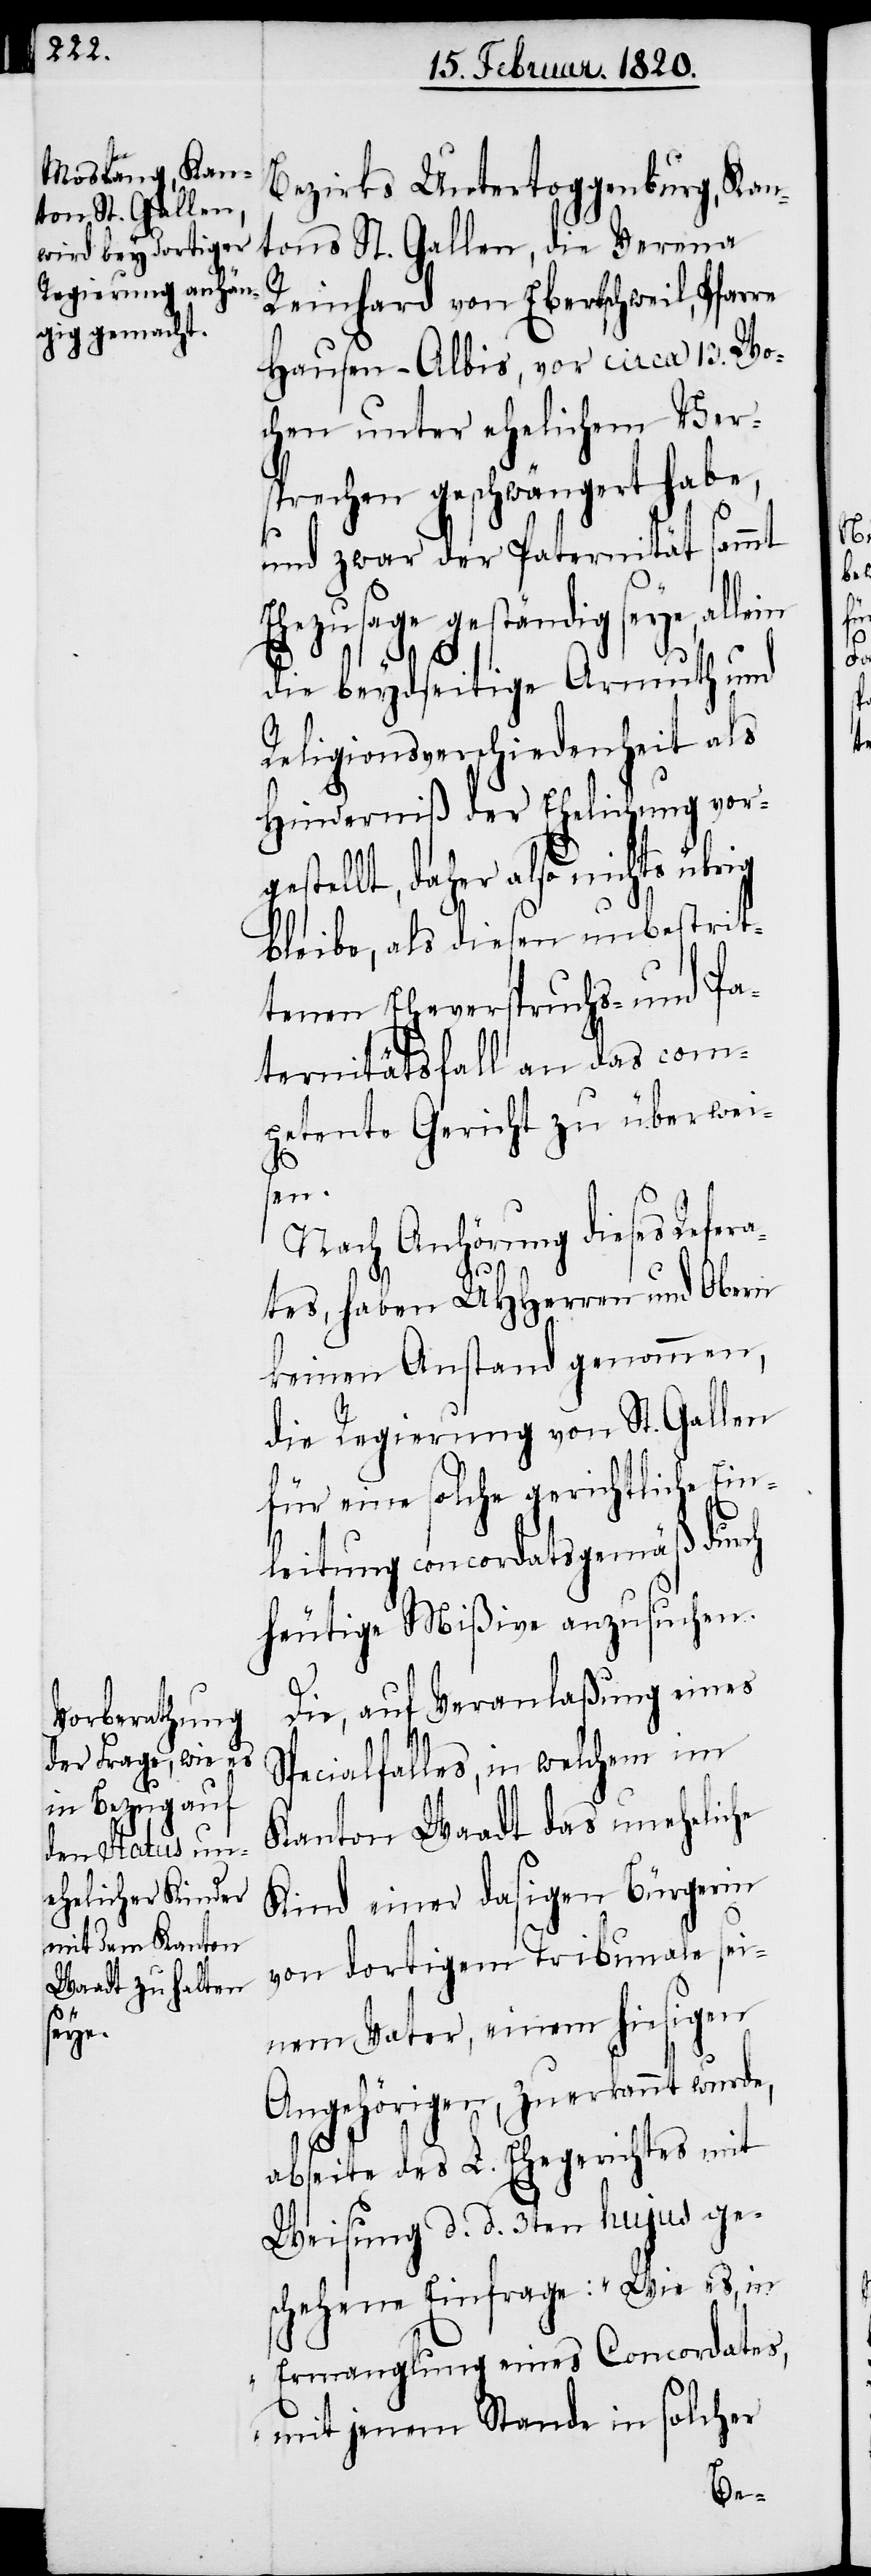
Bezirks Untertoggenburg, Kan¬
tons St. Gallen, die Verena
Reinhard von Ebertschweil, Pfarre
Hausen-Albis, vor circa 13. Wo¬
chen unter ehelichem Ver¬
sprechen geschwängert habe,
und zwar der Paternität sammt
Ehezusage geständig seye, allein
die beydseitige Armuth und
Religionsverschiedenheit als
Hinderniß der Ehelichung vor¬
gestellt, daher also nichts übrig
bleibe, als diesen unbestrit¬
tenen Eheverspruchs- und Pa¬
ternitätsfall an das com¬
petente Gericht zu überwei¬
sen.
Nach Anhörung dieses Refera¬
tes, haben UHHerren und Obern
keinen Anstand genommen,
die Regierung von St. Gallen
für eine solche gerichtliche Ein¬
leitung concordatsgemäß durch
heutige Mißive anzusuchen.
Die, auf Veranlaßung eines
Specialfalles, in welchem im
Kanton Waadt das uneheliche
Kind einer dasigen Bürgerin
von dortigem Tribunale sei¬
nem Vater, einem hiesigen
Angehörigen, zuerkannt wurde,
abseite des L. Ehegerichtes mit
Weisung d. d. 3ten hujus ge¬
schehene Einfrage: „Wie es, in
Ermanglung eines Concordates,
mit jenem Stande in solcher